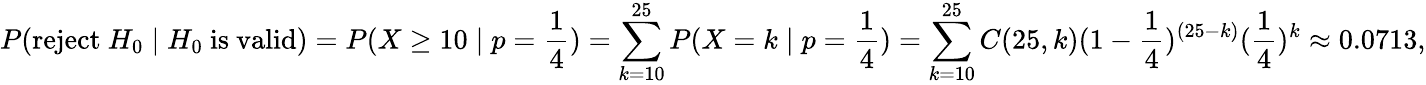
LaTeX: P({\mathrm{reject~}}H_{0}\mid H_{0}{\mathrm{~is~valid}})=P(X\geq 10\mid p={\frac{1}{4}})=\sum_{k=10}^{25}P(X=k\mid p={\frac{1}{4}})=\sum_{k=10}^{25}C(25,k)(1-{\frac{1}{4}})^{(25-k)}({\frac{1}{4}})^{k}\approx 0{.}0713,